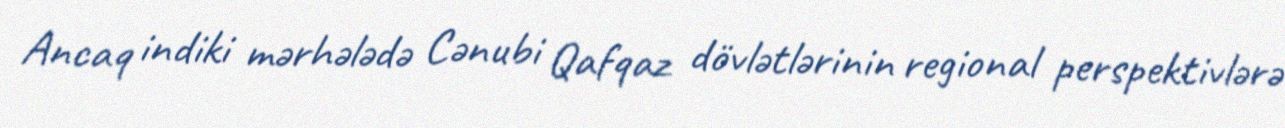
Ancaq indiki mərhələdə Cənubi Qafqaz dövlətlərinin regional perspektivlərə